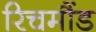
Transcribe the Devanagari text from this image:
रिचमौंड